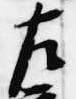
左